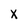
Character: x